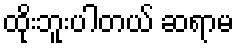
ထိုးဘူးပါတယ် ဆရာမ